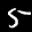
Label: 5